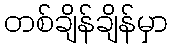
တစ်ချိန်ချိန်မှာ